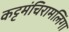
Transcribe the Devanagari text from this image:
कट्टमंचिरामलिंगा